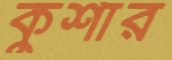
কুর্শার